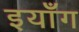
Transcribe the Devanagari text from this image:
इयाँग